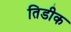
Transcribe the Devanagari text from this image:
तिडीक